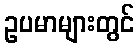
ဥပမာများတွင်